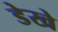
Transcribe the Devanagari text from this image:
डेखे